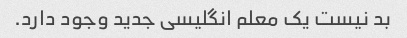
بد نیست یک معلم انگلیسی جدید وجود دارد.